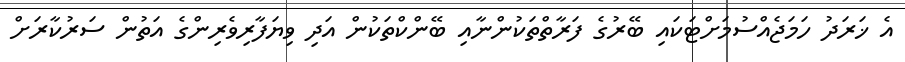
އެ ޚަރަދު ހަމަޖެއްސުމަށްޓަކައި ބޭރުގެ ފަރާތްތަކުންނާއި ބޭންކްތަކުން އަދި ވިޔަފާރިވެރިންގެ އަތުން ސަރުކާރަށް